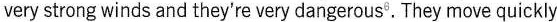
very strong winds and they're very dangerous^{6},They move quickly